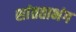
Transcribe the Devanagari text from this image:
शांतताभंग